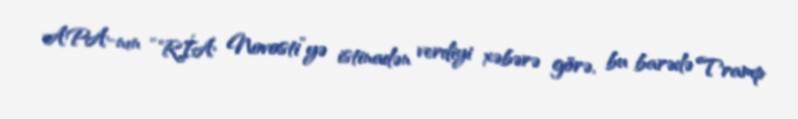
APA-nın “RİA Novosti”yə istinadən verdiyi xəbərə görə, bu barədə Tramp